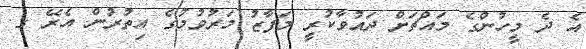
އެ ދެ މީހުންގެ މައްޗަށް ދައުވާކުރީ މަފާޒު މަރުވުމުގެ އިތުރުން އެރޭ ގ.